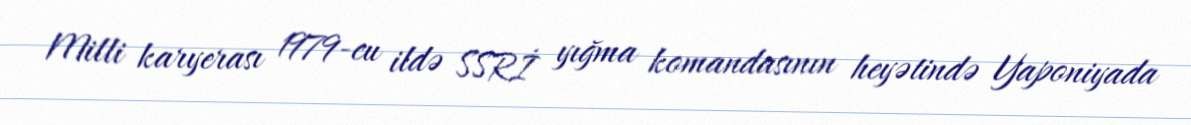
Milli karyerası 1979-cu ildə SSRİ yığma komandasının heyətində Yaponiyada